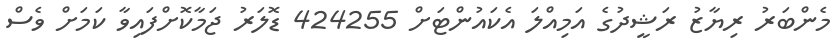
މެންބަރު ރިޔާޒު ރަޝީދުގެ އަމިއްލަ އެކައުންޓަށް 424255 ޑޮލަރު ޖަމާކޮށްފައިވާ ކަމަށް ވެސް